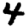
Digit: 4